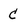
Character: C